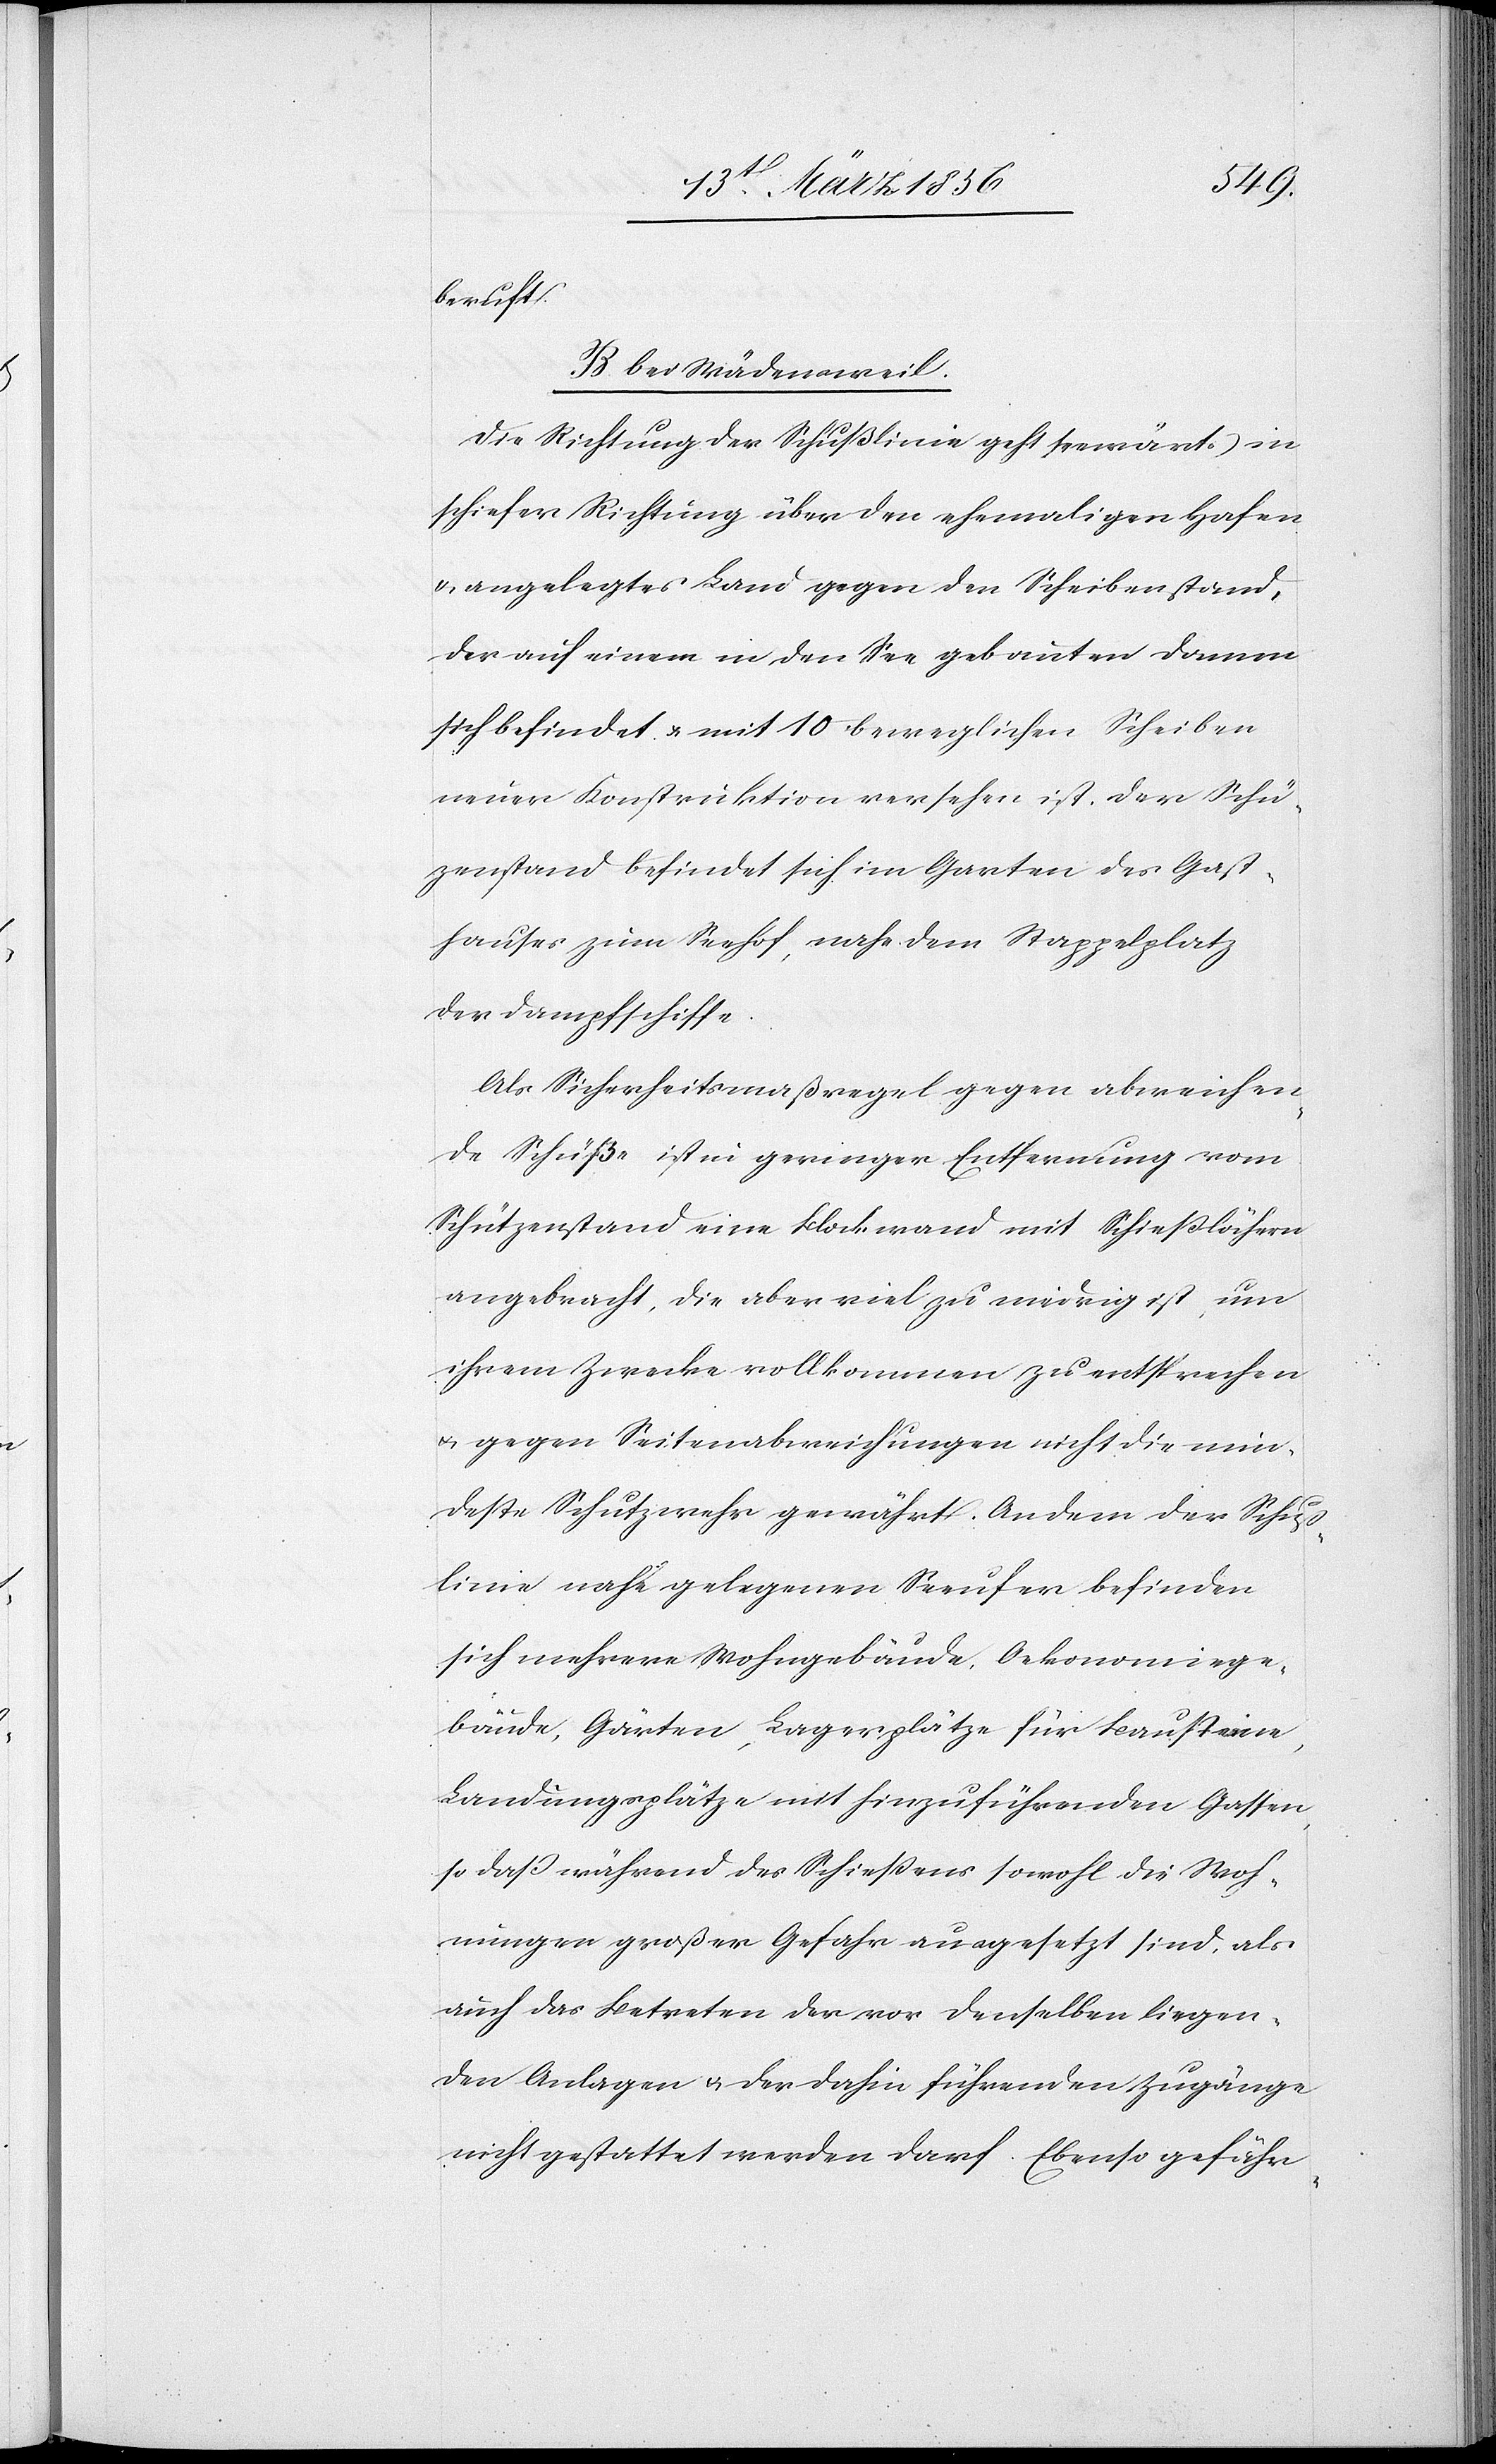
beruft.
B. bei Wädensweil.
Die Richtung der Schußlinie geht seewärts in
schiefer Richtung über den ehemaligen Hafen
& angelegtes Land gegen den Scheibenstand,
der auf einem in den See gebauten Damm
sich befindet & mit 10 beweglichen Scheiben
neuer Konstruktion versehen ist. Der Schüt¬
zenstand befindet sich im Garten des Gast¬
hauses zum Seehof, nahe dem Stappelplatz
der Dampfschiffe.
Als Sicherheitsmaßregel gegen abweichen¬
de Schüße ist in geringer Entfernung vom
Schützenstand eine Blockwand mit Schießlöchern
angebracht, die aber viel zu niedrig ist, um
ihrem Zwecke vollkommen zu entsprechen
u. gegen Seitenabweichungen nicht die min¬
deste Schutzwehr gewährt. An dem der Schuß¬
linie nahe gelegenen Seeufer befinden
sich mehrere Wohngebäude, Oekonomiege¬
bäude, Gärten, Lagerplätze für Bausteine,
Landungsplätze mit hinzuführenden Gassen,
so daß während des Schießens sowohl die Woh¬
nungen großer Gefahr ausgesetzt sind, als
auch das Betreten der vor denselben liegen¬
den Anlagen & der dahin führenden Zugänge
nicht gestattet werden darf. Ebenso gefähr-